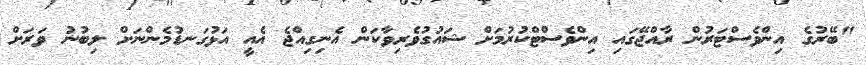
"ބޭރުގެ އިންވެސްޓަރުން ރާއްޖޭގައި އިންވެސްޓްކުރުމަށް ޝައުގުވެރިވާކަން އެނިގިއްޖެ އެއީ އަޅުގަނޑުމެންނަށް ލިބުނު ވަރަށް